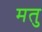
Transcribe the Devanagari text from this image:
मतु